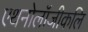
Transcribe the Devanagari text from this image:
एथनोलॉजीकलि